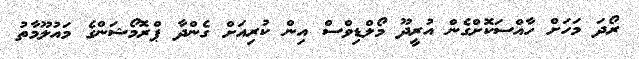
ރޯދަ މަހަށް ހާއްސަކޮށްގެން އުރީދޫ މޯލްޑިވްސް އިން ކުރިއަށް ގެންދާ ޕްރޮމޯޝަންގެ މައުލޫމާތު